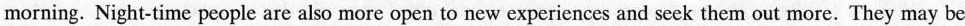
morning. Night-time people are also more open to new experiences and seek them out more. They may be